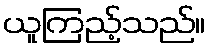
ယူကြည့်သည်။